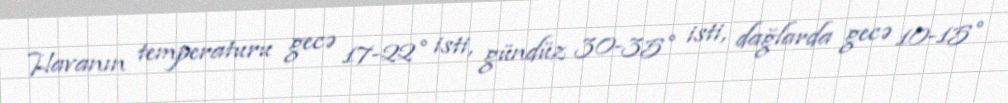
Havanın temperaturu gecə 17-22° isti, gündüz 30-35° isti, dağlarda gecə 10-15°